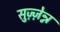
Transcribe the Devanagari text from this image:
सुज़्ज़ेन्न